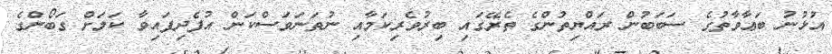
އުޅުނު ބަޢާވާތުގެ ސަބަބުން ރައްޔިތުންގެ ތެރޭގައި ބިރުވެރިކަމާއި ނުތަނަވަސްކަން އުފެދިފައިވާ ކަމަށް ގަބޯންގެ